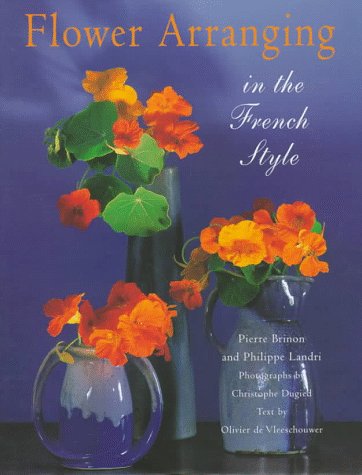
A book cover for Flower Arranging In French Style; Pierre Brinon; Crafts, Hobbies & Home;